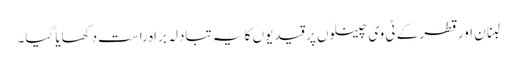
لبنان اور قطر کے ٹی وی چینلوں پر قیدیوں کا یہ تبادلہ براہ راست دکھایا گیا۔